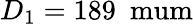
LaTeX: D_{1}=189~\mathrm{\ mum}